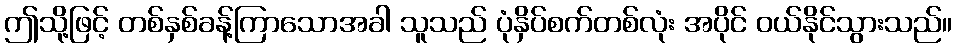
ဤသို့ဖြင့် တစ်နှစ်ခန့်ကြာသောအခါ သူသည် ပုံနှိပ်စက်တစ်လုံး အပိုင် ဝယ်နိုင်သွားသည်။